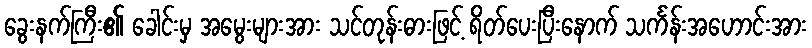
ခွေးနက်ကြီး၏ ခေါင်းမှ အမွေးများအား သင်တုန်းဓားဖြင့် ရိတ်ပေးပြီးနောက် သင်္ကန်းအဟောင်းအား